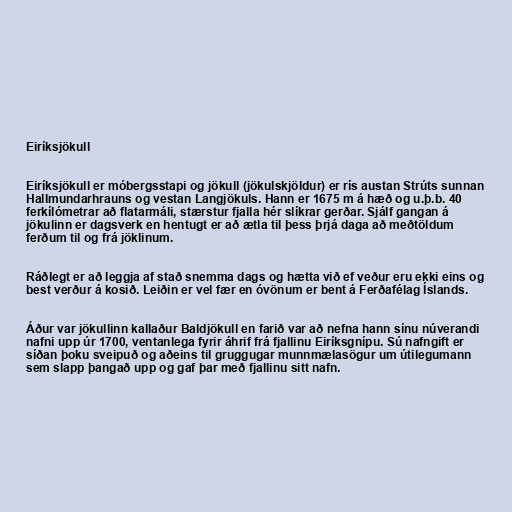
Eiríksjökull

Eiríksjökull er móbergsstapi og jökull (jökulskjöldur) er rís austan Strúts sunnan
Hallmundarhrauns og vestan Langjökuls. Hann er 1675 m á hæð og u.þ.b. 40
ferkílómetrar að flatarmáli, stærstur fjalla hér slíkrar gerðar. Sjálf gangan á
jökulinn er dagsverk en hentugt er að ætla til þess þrjá daga að meðtöldum
ferðum til og frá jöklinum.

Ráðlegt er að leggja af stað snemma dags og hætta við ef veður eru ekki eins og
best verður á kosið. Leiðin er vel fær en óvönum er bent á Ferðafélag Íslands.

Áður var jökullinn kallaður Baldjökull en farið var að nefna hann sínu núverandi
nafni upp úr 1700, ventanlega fyrir áhrif frá fjallinu Eiríksgnípu. Sú nafngift er
síðan þoku sveipuð og aðeins til gruggugar munnmælasögur um útilegumann
sem slapp þangað upp og gaf þar með fjallinu sitt nafn.